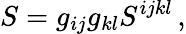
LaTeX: S=g_{ij}g_{kl}S^{ijkl}\, ,